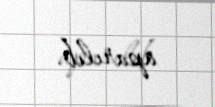
aparılıb.